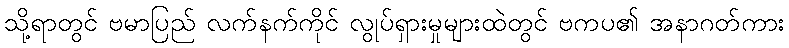
သို့ရာတွင် ဗမာပြည် လက်နက်ကိုင် လွုပ်ရှားမှုများထဲတွင် ဗကပ၏ အနာဂတ်ကား